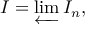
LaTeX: I = \varprojlim I _ { n } ,